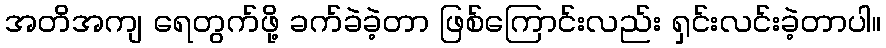
အတိအကျ ရေတွက်ဖို့ ခက်ခဲခဲ့တာ ဖြစ်ကြောင်းလည်း ရှင်းလင်းခဲ့တာပါ။